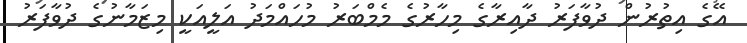
އޭގެ އިތުރުން ދުވާފަރު ދާއިރާގެ މިހާރުގެ މެމްބަރު މުހައްމަދު އަލީއަކީ މިޒަމާނުގެ ދުވާފަރު